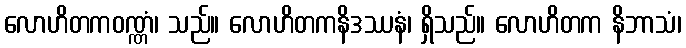
လောဟိတကဝဏ္ဏံ၊ သည်။ လောဟိတကနိဒဿနံ၊ ရှိသည်။ လောဟိတက နိဘာသံ၊